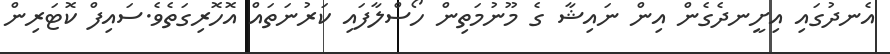
އެނދުގައި އިށީނދެގެން އިން ނައިޝާ ގެ މޫނުމަތިން ހޯސްލާފައި ކަރުނަތައް އޮހޮރިގަތެވެ.ސައިފް ކޮޓަރިން